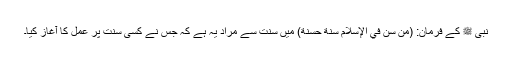
نبی ﷺ کے فرمان: (مَنْ سَنَّ فِي الإِسْلامِ سُنَّةً حَسَنَةً) میں سنت سے مراد یہ ہے کہ جس نے کسی سنت پر عمل کا آغاز کیا۔